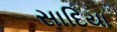
સાદિયા